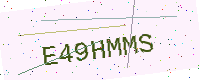
Text: E49HMMS